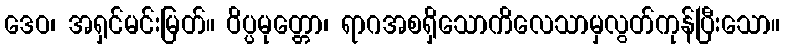
ဒေဝ၊ အရှင်မင်းမြတ်။ ဝိပ္ပမုတ္တော၊ ရာဂအစရှိသောကိလေသာမှလွတ်ကုန်ပြီးသော။